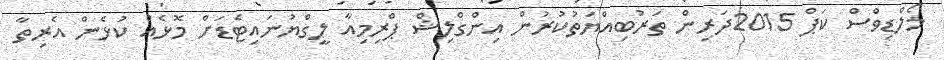
މޯލްޑިވްސް ކަޕް 2015ދަރިން ތަރުބިއްޔަތުކުރުން އިންގްލިޝް ޕްރިމިއާ ލީގްޔުނައިޓެޑަށް މޮޅެއް ކުޅެން އެރިތާ